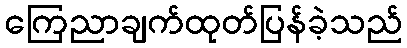
ကြေညာချက်ထုတ်ပြန်ခဲ့သည်